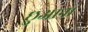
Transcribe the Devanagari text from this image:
छुआना